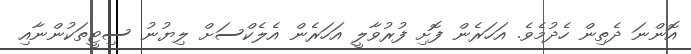
އޮންނަ ދެތިން ހެދުމެވެ. އަހަރެން ފޮށި ފުރުވާލީ އަހަރެން އެލެކްސަށް ލިޔުނު ސިޓީތަކުންނާއި